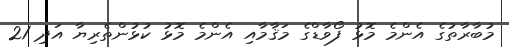
މުބާރާތުގެ އެންމެ މޮޅު ފޯވާޑްގެ މަޤާމާއި އެންމެ މޮޅު ކުޅުންތެރިޔާ އަދި 21